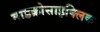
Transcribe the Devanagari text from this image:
माइक्रोसाइक्लिक